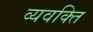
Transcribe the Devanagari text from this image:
व्यवक्ति